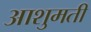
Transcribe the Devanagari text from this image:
आशुमती